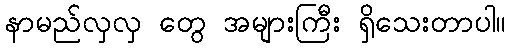
နာမည်လှလှ တွေ အများကြီး ရှိသေးတာပါ။